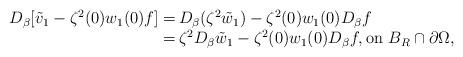
LaTeX: \begin{align*}\begin{array}{rl}D_\beta [\tilde v_1 - \zeta^2(0)w_1(0) f ]= \!\!&\!\!\displaystyle D_\beta (\zeta^2 \tilde w_1) - \zeta^2(0)w_1(0) D_\beta f \\= \!\!&\!\!\displaystyle \zeta^2 D_\beta \tilde w_1- \zeta^2(0)w_1(0) D_\beta f, {\rm on}\ B_R\cap \partial\Omega,\end{array}\end{align*}